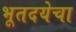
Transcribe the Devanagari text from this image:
भूतदयेचा